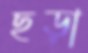
ছড়া